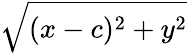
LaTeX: \sqrt{(x-c)^{2}+y^{2}}